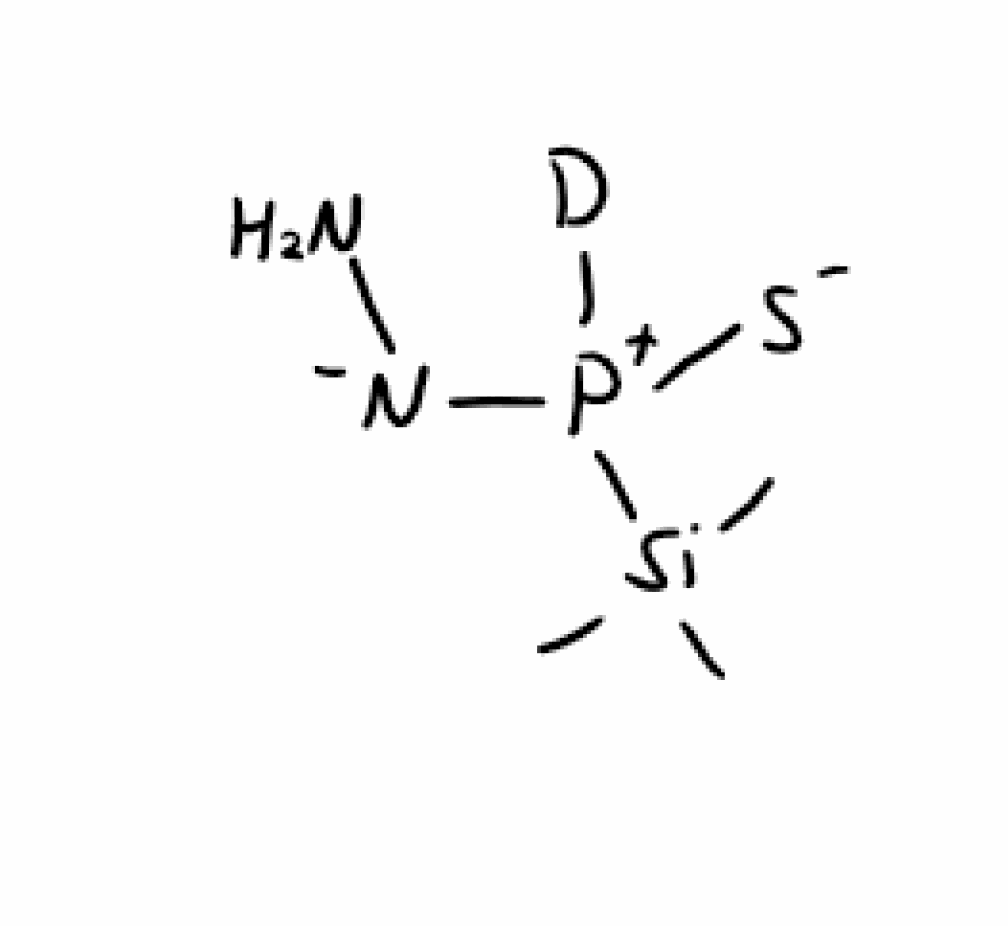
Simplified molecular-input line-entry system (SMILES) notation of the given molecule:
C[Si](C)(C)[P+]([N-]N)([S-])Cl